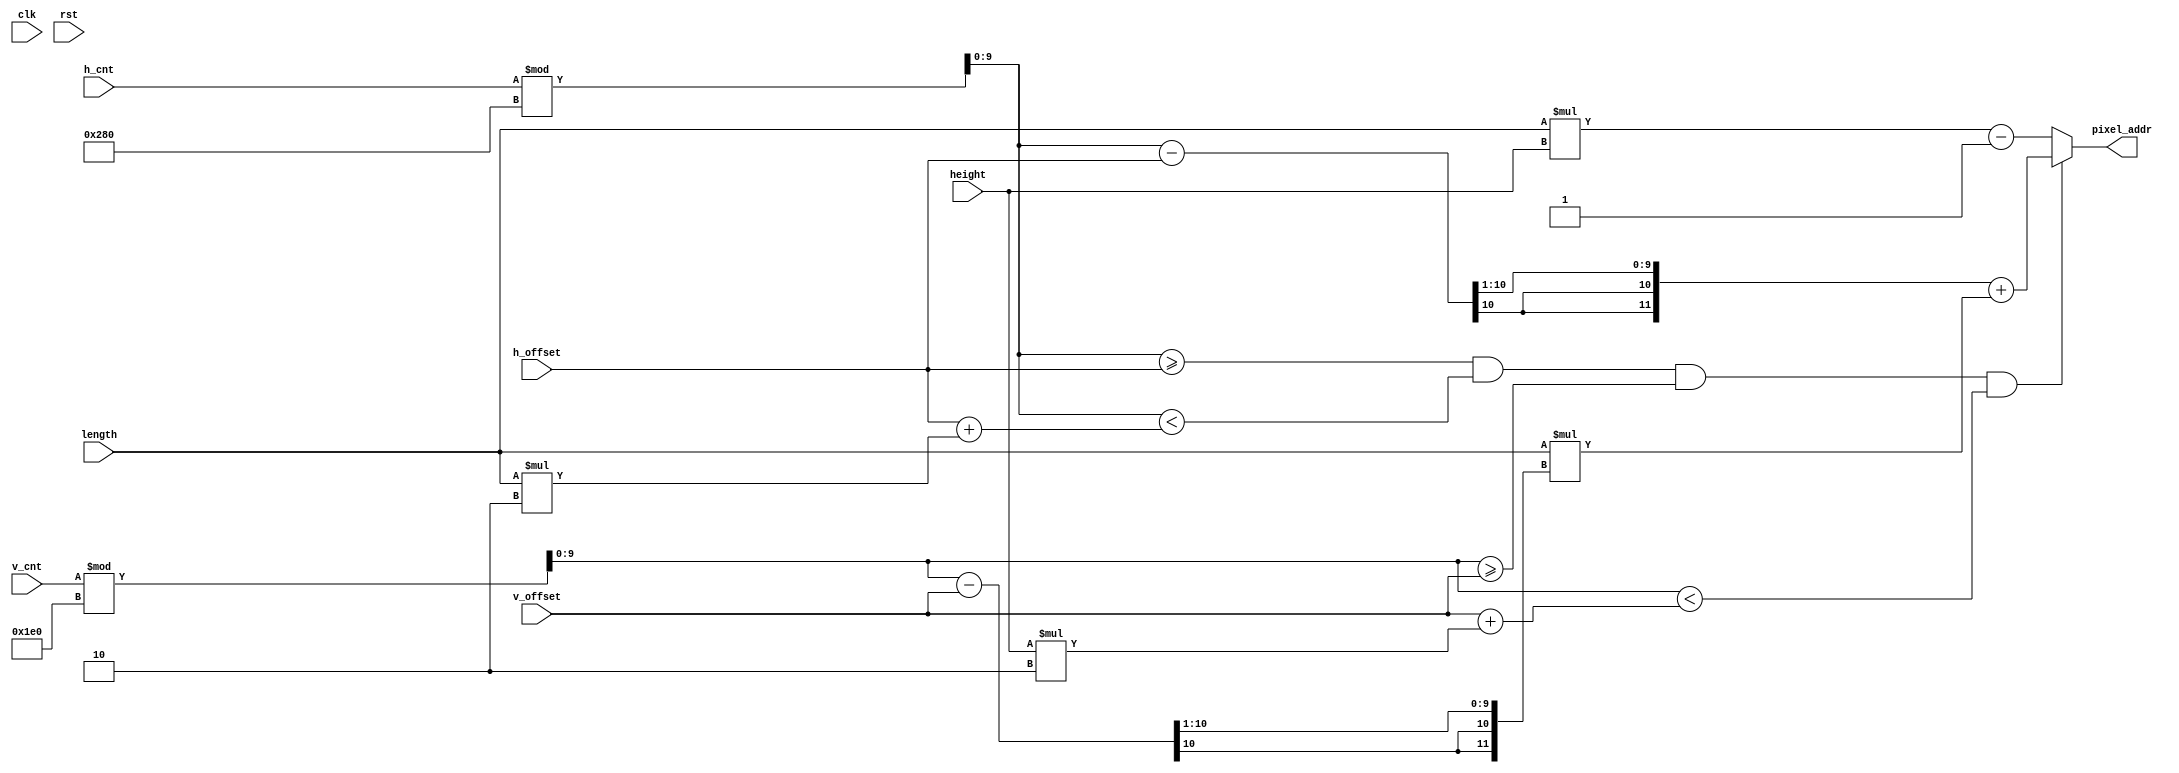
`timescale 1ns / 1ps
//////////////////////////////////////////////////////////////////////////////////
// Company: 
// Engineer: 
// 
// Design Name: 
// Module Name: mem_addr_gen
// Project Name: 
// Target Devices: 
// Tool Versions: 
// Description: 
// 
// Dependencies: 
// 
// Revision:
// Revision 0.01 - File Created
// Additional Comments:
// 
//////////////////////////////////////////////////////////////////////////////////


module all_addr_gen(
   input clk,
   input rst,
   input [9:0] h_cnt,
   input [9:0] v_cnt,
   input [9:0] length,
   input [9:0] height,
   input [9:0] h_offset,
   input [9:0] v_offset,
   output reg [12:0] pixel_addr
   );
   
   wire [9:0] h;
   wire [9:0] v;

   assign h = h_cnt%640;
   assign v = v_cnt%480;

   
   always @(*) begin
     if (h>=h_offset && h<(h_offset + length*2) && 
         v>=v_offset && v<(v_offset + height*2))
     begin
        pixel_addr = (((h - h_offset)>>1) + length*((v - v_offset)>>1));
     end
     else begin
       pixel_addr = length*height - 1;
     end
   end

    
endmodule